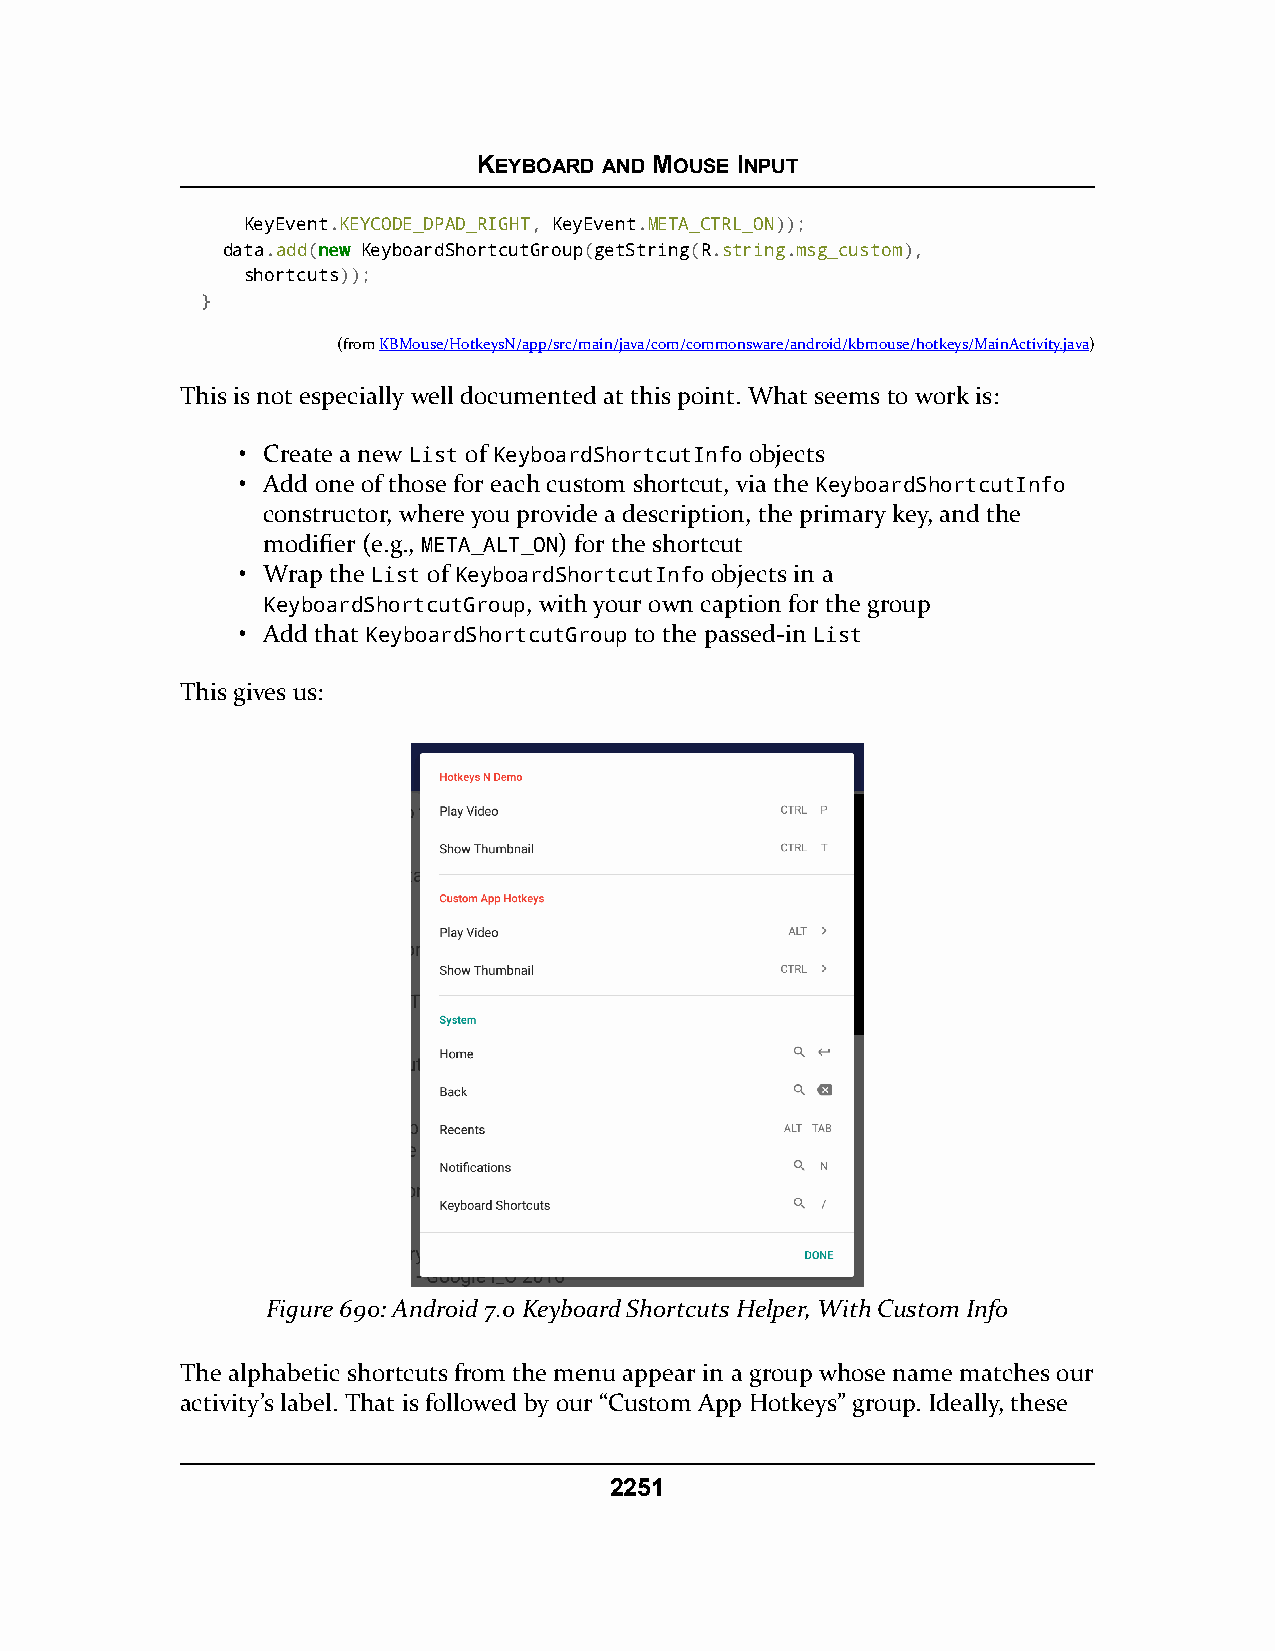
KEYBOARD AND MOUSE INPUT
 KeyEvent.KEYCODE_DPAD_RIGHT, KeyEvent.META_CTRL_ON));
 data.add(nneeww KeyboardShortcutGroup(getString(R.string.msg_custom),
 shortcuts));
 }
 (fromKBMouse/HotkeysN/app/src/main/java/com/commonsware/android/kbmouse/hotkeys/MainActivity.java)
 This is not especially well documented at this point. What seems to work is:
 • Create a new List of KeyboardShortcutInfo objects
 • Add one of those for each custom shortcut, via the KeyboardShortcutInfo
 constructor, where you provide a description, the primary key, and the
 modifier (e.g., META_ALT_ON) for the shortcut
 • Wrap the List of KeyboardShortcutInfo objects in a
 KeyboardShortcutGroup, with your own caption for the group
 • Add that KeyboardShortcutGroup to the passed-in List
 This gives us:
 Figure 690: Android 7.0 Keyboard Shortcuts Helper, With Custom Info
 The alphabetic shortcuts from the menu appear in a group whose name matches our
 activity’s label. That is followed by our “Custom App Hotkeys” group. Ideally, these
 2251